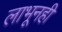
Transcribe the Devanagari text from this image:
लाभूनही